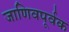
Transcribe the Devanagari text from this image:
जाणिवपूर्वक